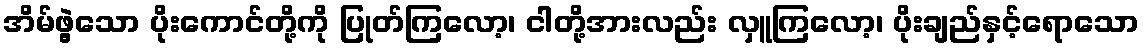
အိမ်ဖွဲ့သော ပိုးကောင်တို့ကို ပြုတ်ကြလော့၊ ငါတို့အားလည်း လှူကြလော့၊ ပိုးချည်နှင့်ရောသော